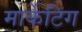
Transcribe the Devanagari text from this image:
मार्केटिग